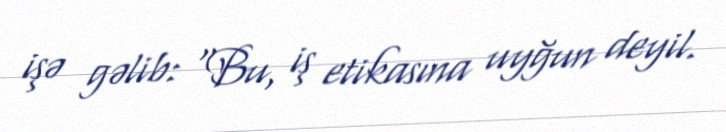
işə gəlib: “Bu, iş etikasına uyğun deyil.